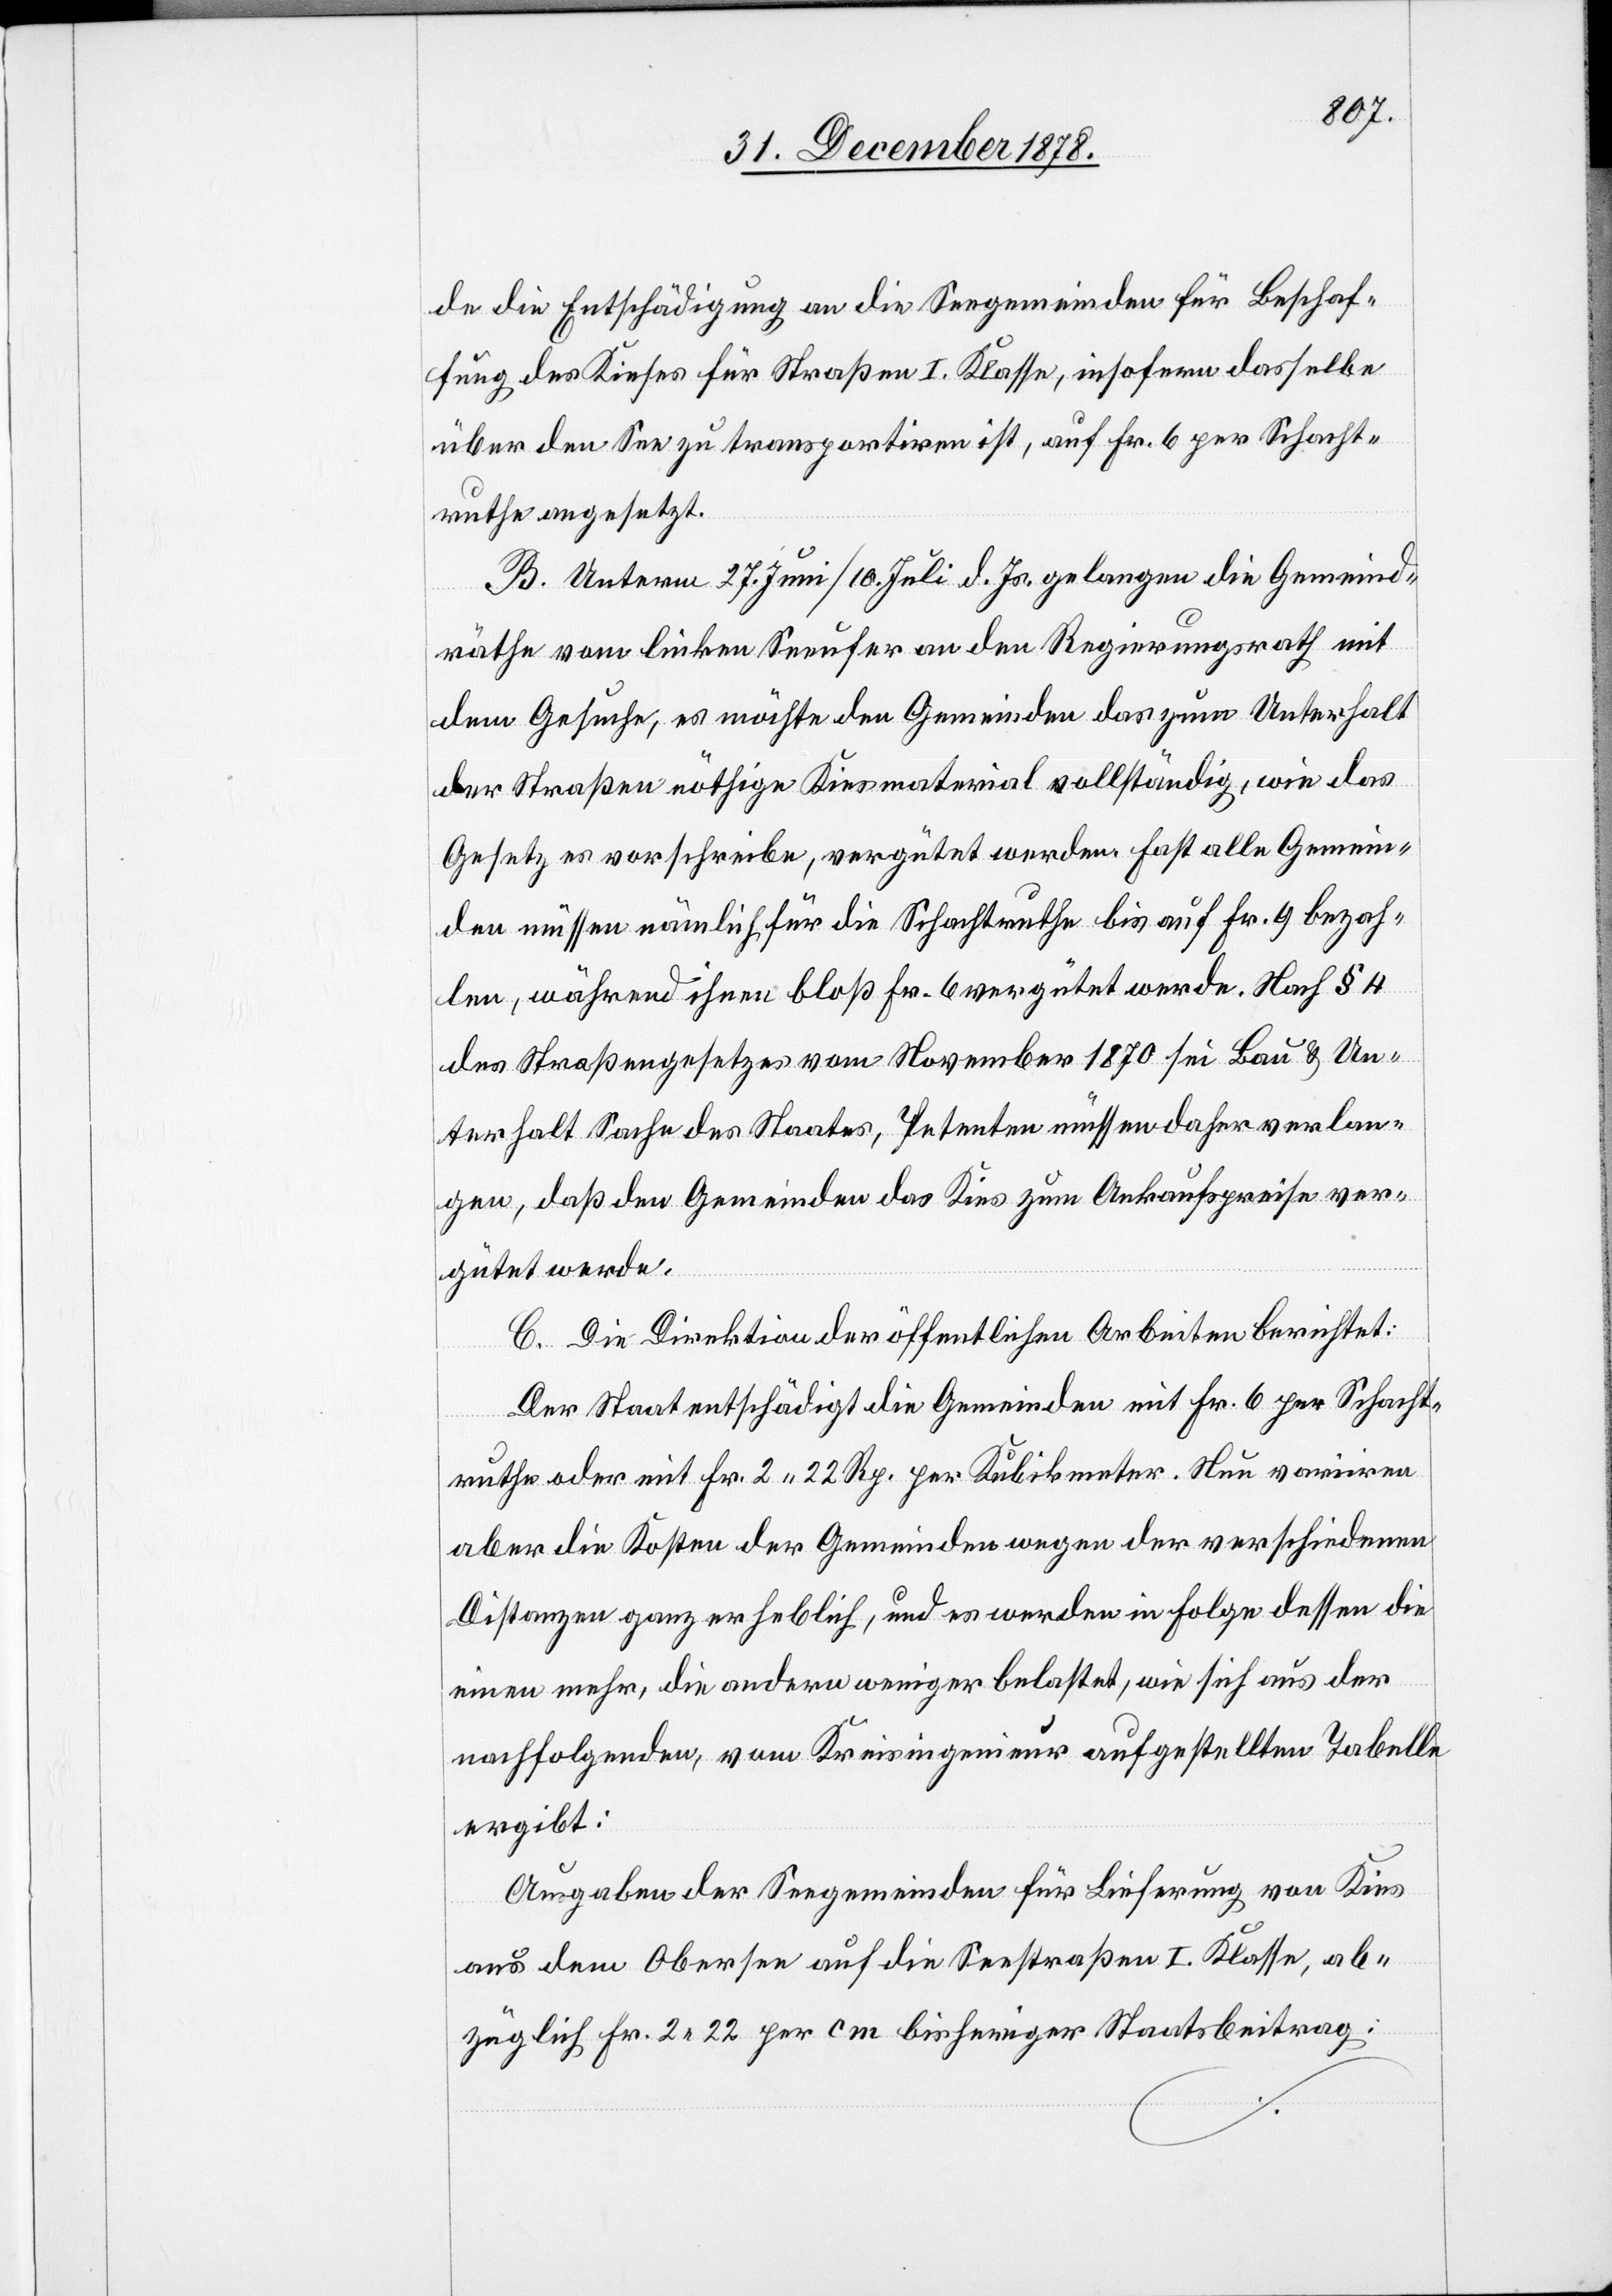
de die Entschädigung an die Seegemeinden für Beschaf¬
fung des Kieses für Straßen I. Klasse, insofern dasselbe
über den See zu transportiren ist, auf Fr. 6 per Schacht¬
ruthe angesetzt.
B. Unterm 27. Juni/10. Juli d. Js. gelangen die Gemeind¬
räthe vom linken Seeufer an den Regierungsrath mit
dem Gesuche, es möchte den Gemeinden das zum Unterhalt
der Straßen nöthigen Kiesmaterial vollständig, wie das
Gesetz es vorschreibe, vergütet werden. Fast alle Gemein¬
den müssen nämlich für die Schachtruthe bis auf Fr. 9 bezah¬
len, während ihnen bloß Fr. 6 vergütet werde. Nach § 4
des Straßengesetzes vom November 1870 sei Bau & Un¬
terhalt Sache des Staates, Petenten müssen daher verlan¬
gen, daß den Gemeinden das Kies zum Ankaufspreise ver¬
gütet werde.
C. Die Direktion der öffentlichen Arbeiten berichtet:
Der Staat entschädigt die Gemeinden mit Fr. 6 per Schacht¬
ruthe oder mit Fr. 2 22 Rp. per Kubikmeter. Neu variiren
aber die Kosten der Gemeinden wegen der verschiedenen
Distanzen ganz erheblich, und es werden in Folge dessen die
einen mehr, die andern weniger belastet, wie sich aus der
nachfolgenden, vom Kreisingenieur aufgestellten Tabelle
ergibt:
Ausgaben der Seegemeinden für Lieferung von Kies
aus dem Obersee auf die Seestraße I. Klasse, ab¬
züglich Fr. 2 22 per cm bisheriger Staatsbeitrag: